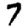
Digit: 7